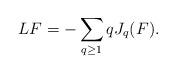
LaTeX: \begin{align*}LF = -\sum_{q \geq 1} q J_q(F).\end{align*}